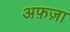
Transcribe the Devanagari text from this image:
अफ़ज़ा